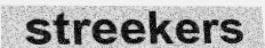
streekers